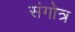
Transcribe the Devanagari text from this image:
संगोत्र